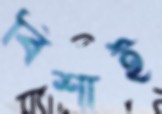
বিশাই